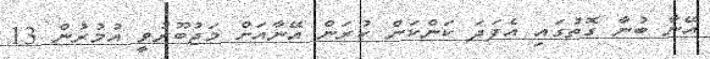
އޭނާ ބުނާ ގޮތުގައި އެފަދަ ކަންކަން ކުރަން އޭނާއަށް މަޖުބޫރުވީ އުމުރުން 13